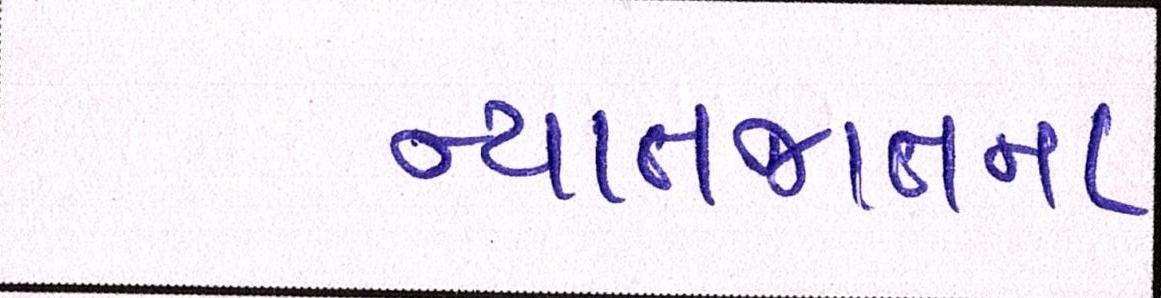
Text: ન્યાતજાતના